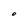
Character: O